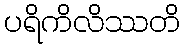
ပရိကိလိဿတိ